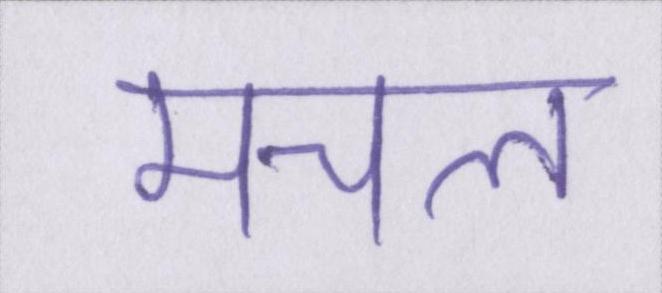
मचल